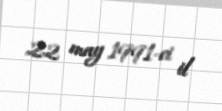
22 may 1991-ci il